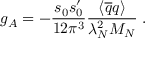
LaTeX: g _ { A } = - \frac { s _ { 0 } s _ { 0 } ^ { \prime } } { 1 2 \pi ^ { 3 } } \frac { \langle \overline { { { q } } } q \rangle } { \lambda _ { N } ^ { 2 } M _ { N } } \; . \,